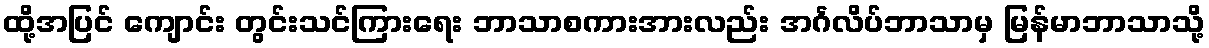
ထို့အပြင် ကျောင်း တွင်းသင်ကြားရေး ဘာသာစကားအားလည်း အင်္ဂလိပ်ဘာသာမှ မြန်မာဘာသာသို့